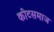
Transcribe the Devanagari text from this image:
कीटसमाज